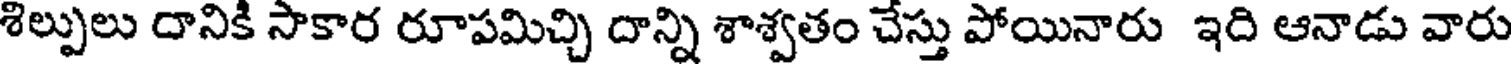
శిల్పులు దానికి సాకార రూపమిచ్చి దాన్ని శాశ్వతం చేస్తు పోయినారు ఇది ఆనాడు వారు